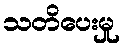
သတိပေးမှု